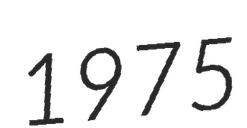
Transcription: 1975